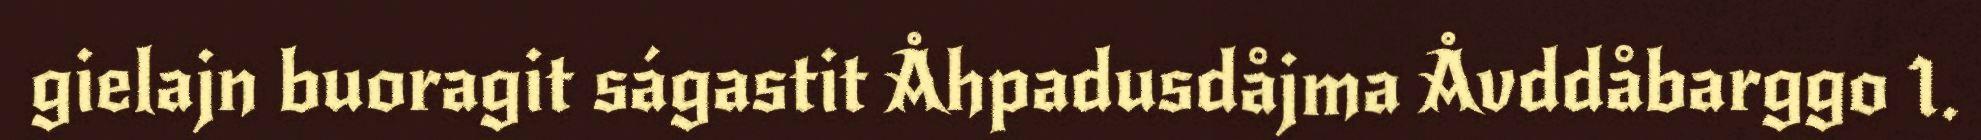
gielajn buoragit ságastit Åhpadusdåjma Åvddåbarggo 1.